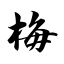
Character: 梅